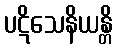
ပဋိသေနိယန္တိ